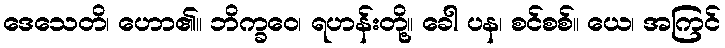
ဒေသေတိ၊ ဟော၏။ ဘိက္ခဝေ၊ ရဟန်းတို့။ ခေါ ပန၊ စင်စစ်။ ယေ၊ အကြင်